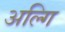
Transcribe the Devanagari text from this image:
अल्गि